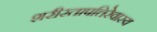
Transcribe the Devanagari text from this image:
शरीरतापत्तिरेवास्य